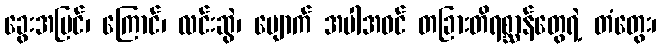
ခွေးအပြင်၊ ကြောင်၊ လင်းဆွဲ၊ မျောက် အပါအဝင် တခြားတိရစ္ဆာန်တွေရဲ့ တံတွေး၊